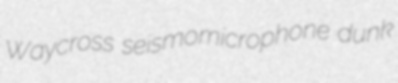
Waycross seismomicrophone dunk